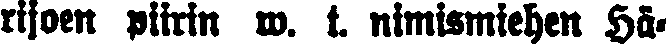
rijoen piirin w. t nimismiehen Hä-